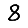
Digit: 8